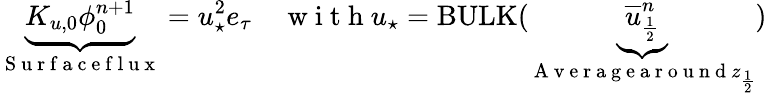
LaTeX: \underbrace{K_{u,0}{\phi}_{0}^{n+1}}_{\mathrm{~S~u~r~f~a~c~e~f~l~u~x~}}=u_{\star}^{2}e_{\tau}\quad\mathrm{~w~i~t~h~}u_{\star}=\mathrm{BULK}(\underbrace{\overline{{u}}_{\frac{1}{2}}^{n}}_{\mathrm{~A~v~e~r~a~g~e~a~r~o~u~n~d~}z_{\frac{1}{2}}})